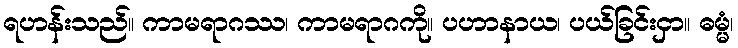
ရဟန်းသည်။ ကာမရာဂဿ၊ ကာမရာဂကို။ ပဟာနာယ၊ ပယ်ခြင်းငှာ။ ဓမ္မံ၊